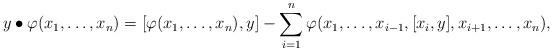
LaTeX: \begin{align*}y \bullet \varphi(x_1, \dots, x_n) = [\varphi(x_1, \dots, x_n),y] - \sum_{i=1}^n \varphi(x_1, \dots, x_{i-1}, [x_i,y], x_{i+1}, \dots, x_n) ,\end{align*}